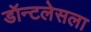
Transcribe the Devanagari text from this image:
डॉन्टलेसला